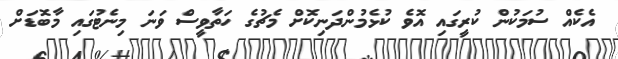
އެކެއް ސުމަކުން ކުރީގައި އޮވެ ކުޅެމުންދަނިކޮށް މެޗުގެ ހަތާވީސް ވަނަ މިނެޓުގައި މާބޮޑަށް